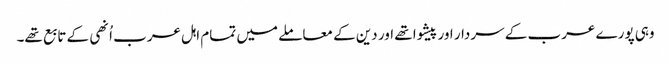
وہی پورے عرب کے سردار اور پیشوا تھے اور دین کے معاملے میں تمام اہل عرب اُنھی کے تابع تھے۔